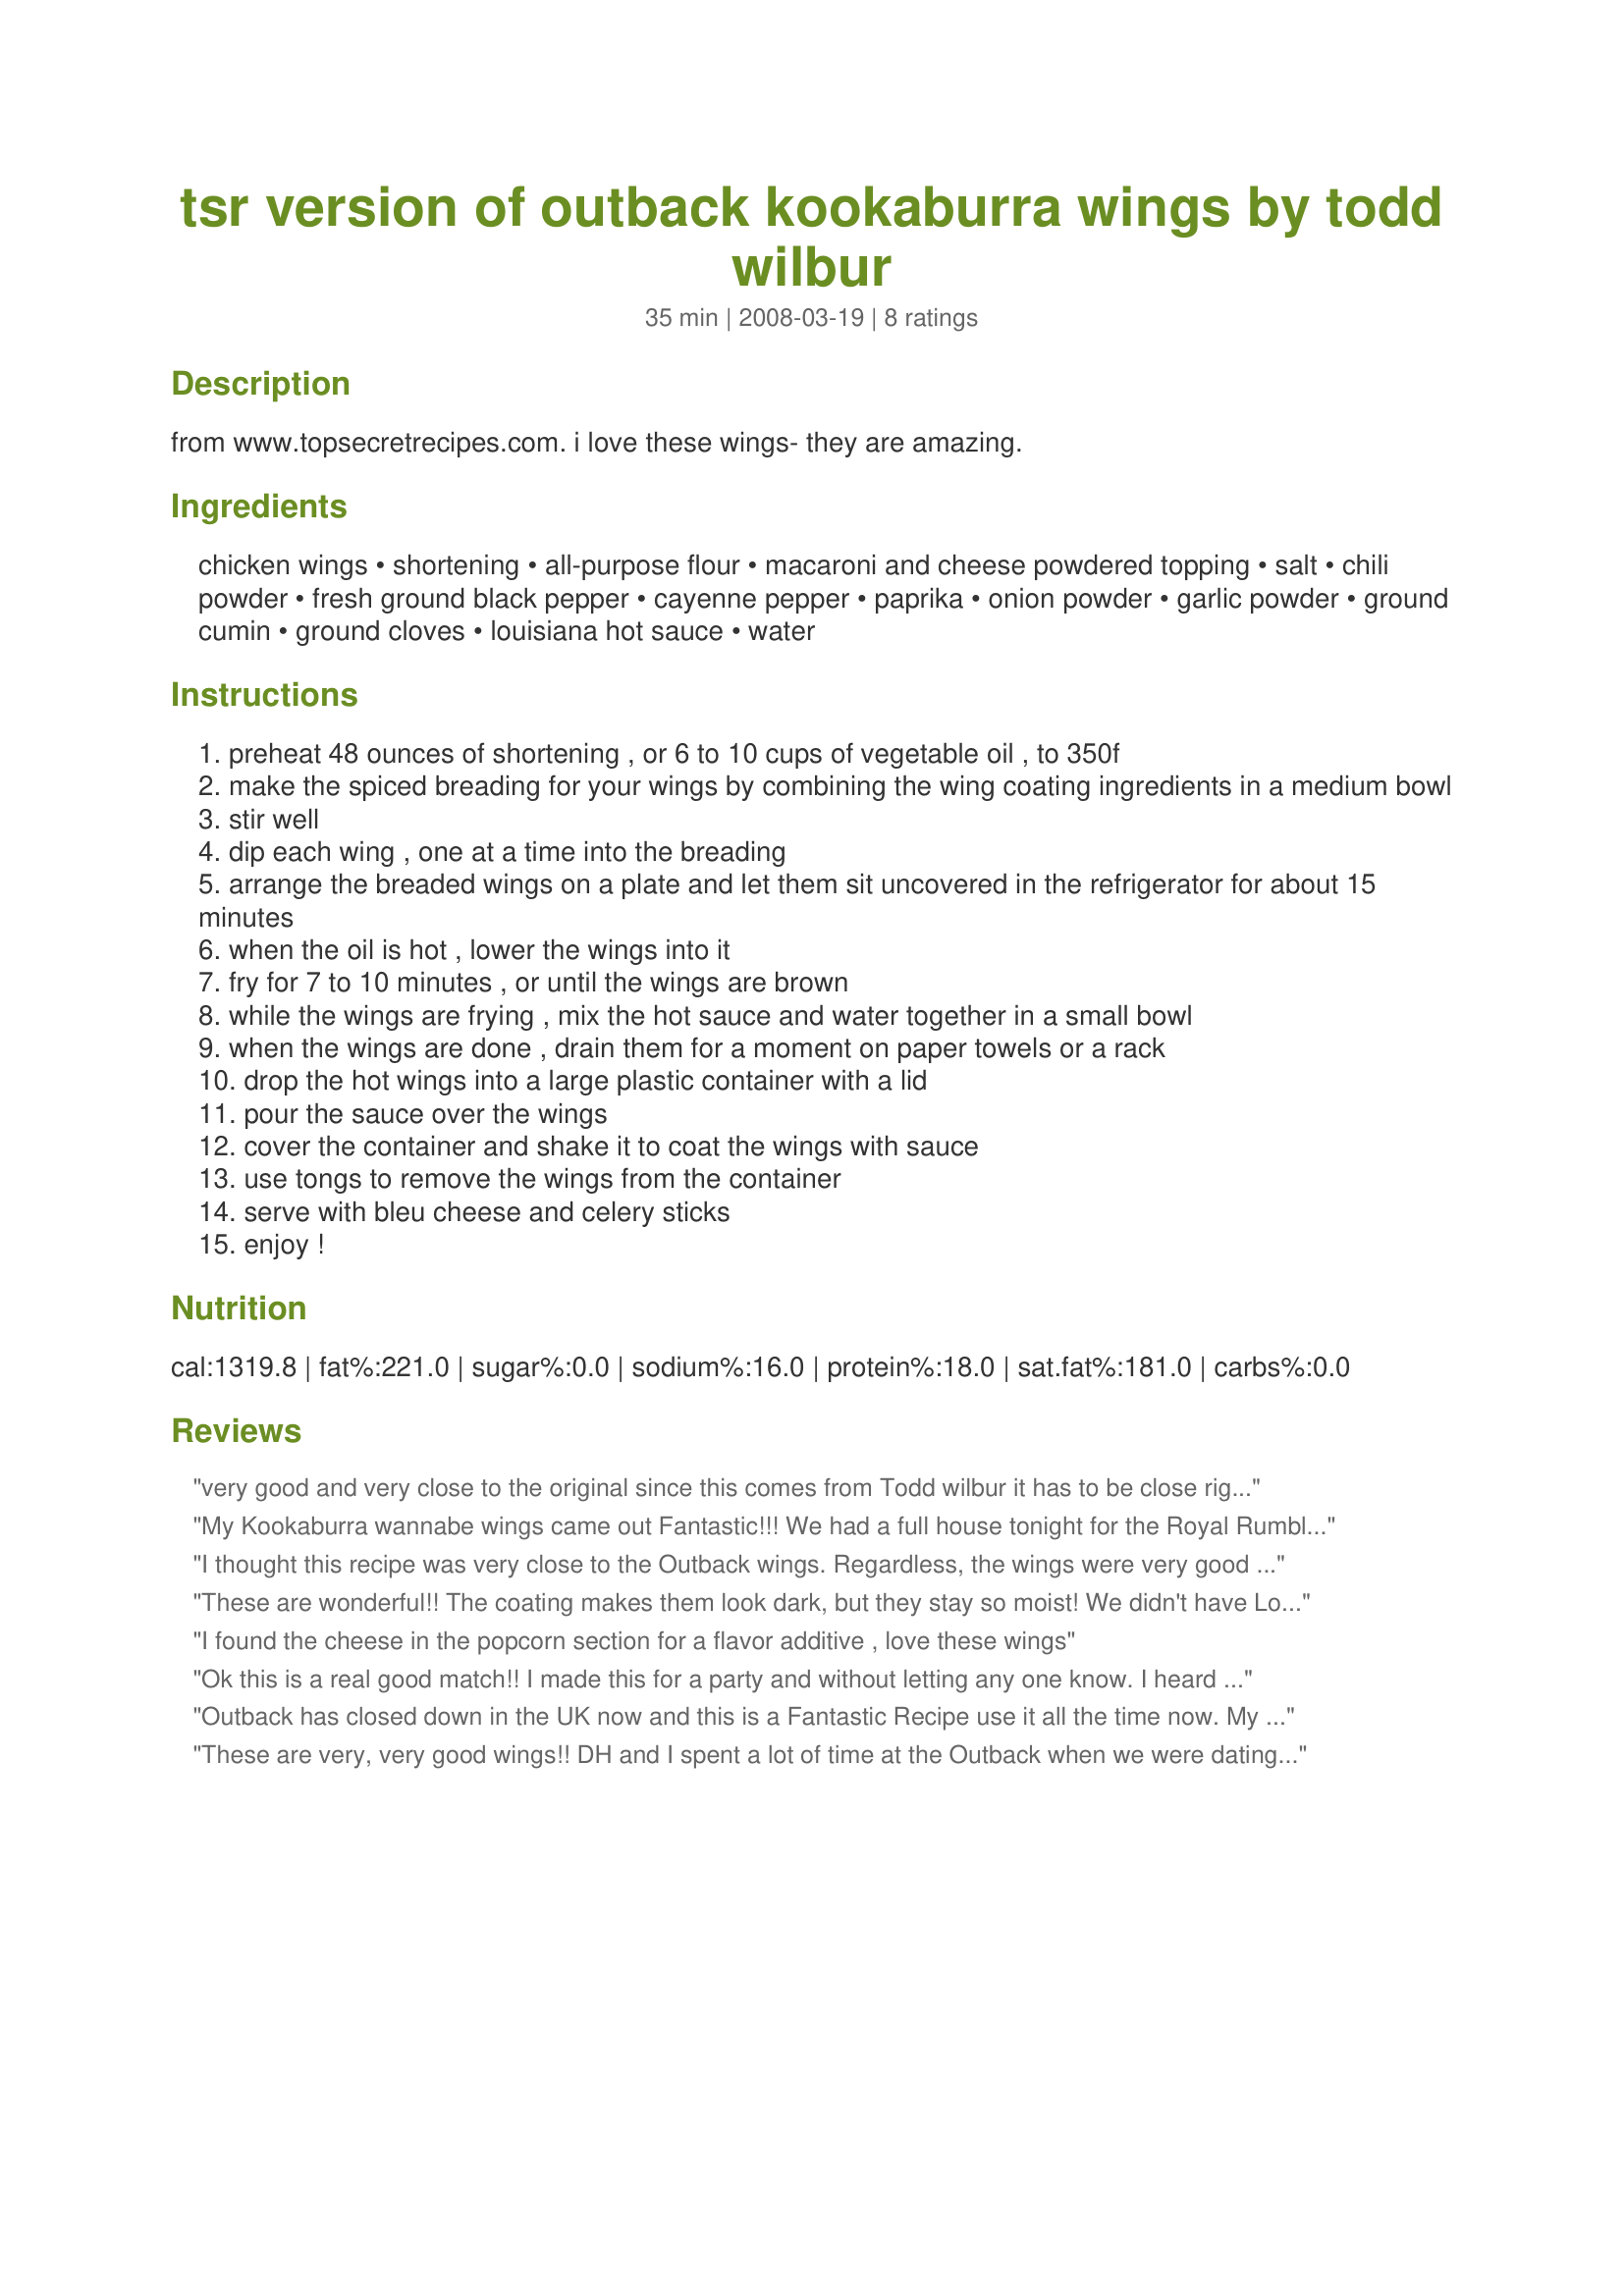
tsr version of outback kookaburra wings by todd wilbur
Preparation time: 35 minutes

from www.topsecretrecipes.com. i love these wings- they are amazing.

Ingredients:
chicken wings, shortening, all-purpose flour, macaroni and cheese powdered topping, salt, chili powder, fresh ground black pepper, cayenne pepper, paprika, onion powder, garlic powder, ground cumin, ground cloves, louisiana hot sauce, water

Steps:
preheat 48 ounces of shortening , or 6 to 10 cups of vegetable oil , to 350f
make the spiced breading for your wings by combining the wing coating ingredients in a medium bowl
stir well
dip each wing , one at a time into the breading
arrange the breaded wings on a plate and let them sit uncovered in the refrigerator for about 15 minutes
when the oil is hot , lower the wings into it
fry for 7 to 10 minutes , or until the wings are brown
while the wings are frying , mix the hot sauce and water together in a small bowl
when the wings are done , drain them for a moment on paper towels or a rack
drop the hot wings into a large plastic container with a lid
pour the sauce over the wings
cover the container and shake it to coat the wings with sauce
use tongs to remove the wings from the container
serve with bleu cheese and celery sticks
enjoy !

Reviews:
very good and very close to the original since this comes from Todd wilbur it has to be close right! The one change I make is reducing the salt by half which is still a stgrong salt flavor but just so that someone concerened with salt intake knows that you can get away with 1/4 of the salt called for and not risk any flavor loss. thanks for sharing such a close cousin of the original so we can get our "fix" taken care of from home!
My Kookaburra wannabe wings came out Fantastic!!! We had a full house tonight for the Royal Rumble and they were a hit.....
I thought this recipe was very close to the Outback wings. Regardless, the wings were very good and will be my go to wings. I did everything according the recipe, but instead of frying the wings I baked them in a 375 degree oven for about 60 minutes. The wings came out crispy and tasted great. I&#039;m sure frying them would be even better. I also omitted the sauce and ate the wings plain. They were still good.
These are wonderful!! The coating makes them look dark, but they stay so moist! We didn't have Louisiana Hot Sauce, so we barely watered down Ken's Buffalo Wing Sauce (THE BEST WING SAUCE) and just dribbled it over the wings so they were slightly moist. WOW, if you are hankering for Outback wings, these will satisfy!!! Now for the Gingerbread Martini recipe....yep, I make those too!!
I found the cheese in the popcorn section for a flavor additive , love these wings
Ok this is a real good match!! I made this for a party and without letting any one know. I heard people saying this tasted like the outback wing. &quot;Success!!&quot; This is my new staple for my wings. Thank you for posting. Love this app
Outback has closed down in the UK now and this is a Fantastic Recipe use it all the time now. <br/>My local shop has just started to sell Crystal Hot sause and this is by far the best one you can get.
These are very, very good wings!! DH and I spent a lot of time at the Outback when we were dating. The one thing that was always on our table were the Kookabura wings. When I made this recipe we tried them with and without the sauce because we knew true Kookabura wings were drier than the average buffalo wings. Even though neither version were really Outback Kookabura wings, both were good, but, to us, the sauce-free version were closer--they just need a bit more cayenne pepper than the recipe calls for. The pics I submitted are the dry version. Since our grocery store only had the 2-bone wing portion on hand--no drumettes--I kept cutting back on the fry time and although they seem a little dark in my pics they were very tender. The reason I'm rating this a 4-star recipe is only because they're not quite up to Outback standard, but they're close and I found this recipe is only one of two recipes all over the Internet for Outback wings and it's the better one. Thanks JLBurnell for posting this winner on RecipeZaar!
